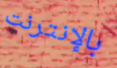
بالإنترنت